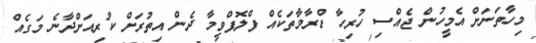
މިހާތަނަށް އެމީހުން ޖެއްސި ހުރިހާ ޑްރާމާތަކެއް ފްލޮޕްވީމާ ދެން އިތުރަށް ކުރިއަށްދާނެ މަގެއް